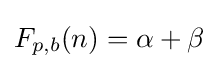
F_{p,b}(n)=\alpha +\beta